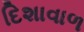
દિશાવાળ